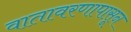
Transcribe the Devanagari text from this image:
वातावरणापासून